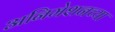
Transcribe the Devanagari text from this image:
अनिमेशनच्या